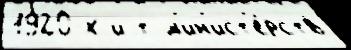
1920-х и т м'ин'ист'е́рств